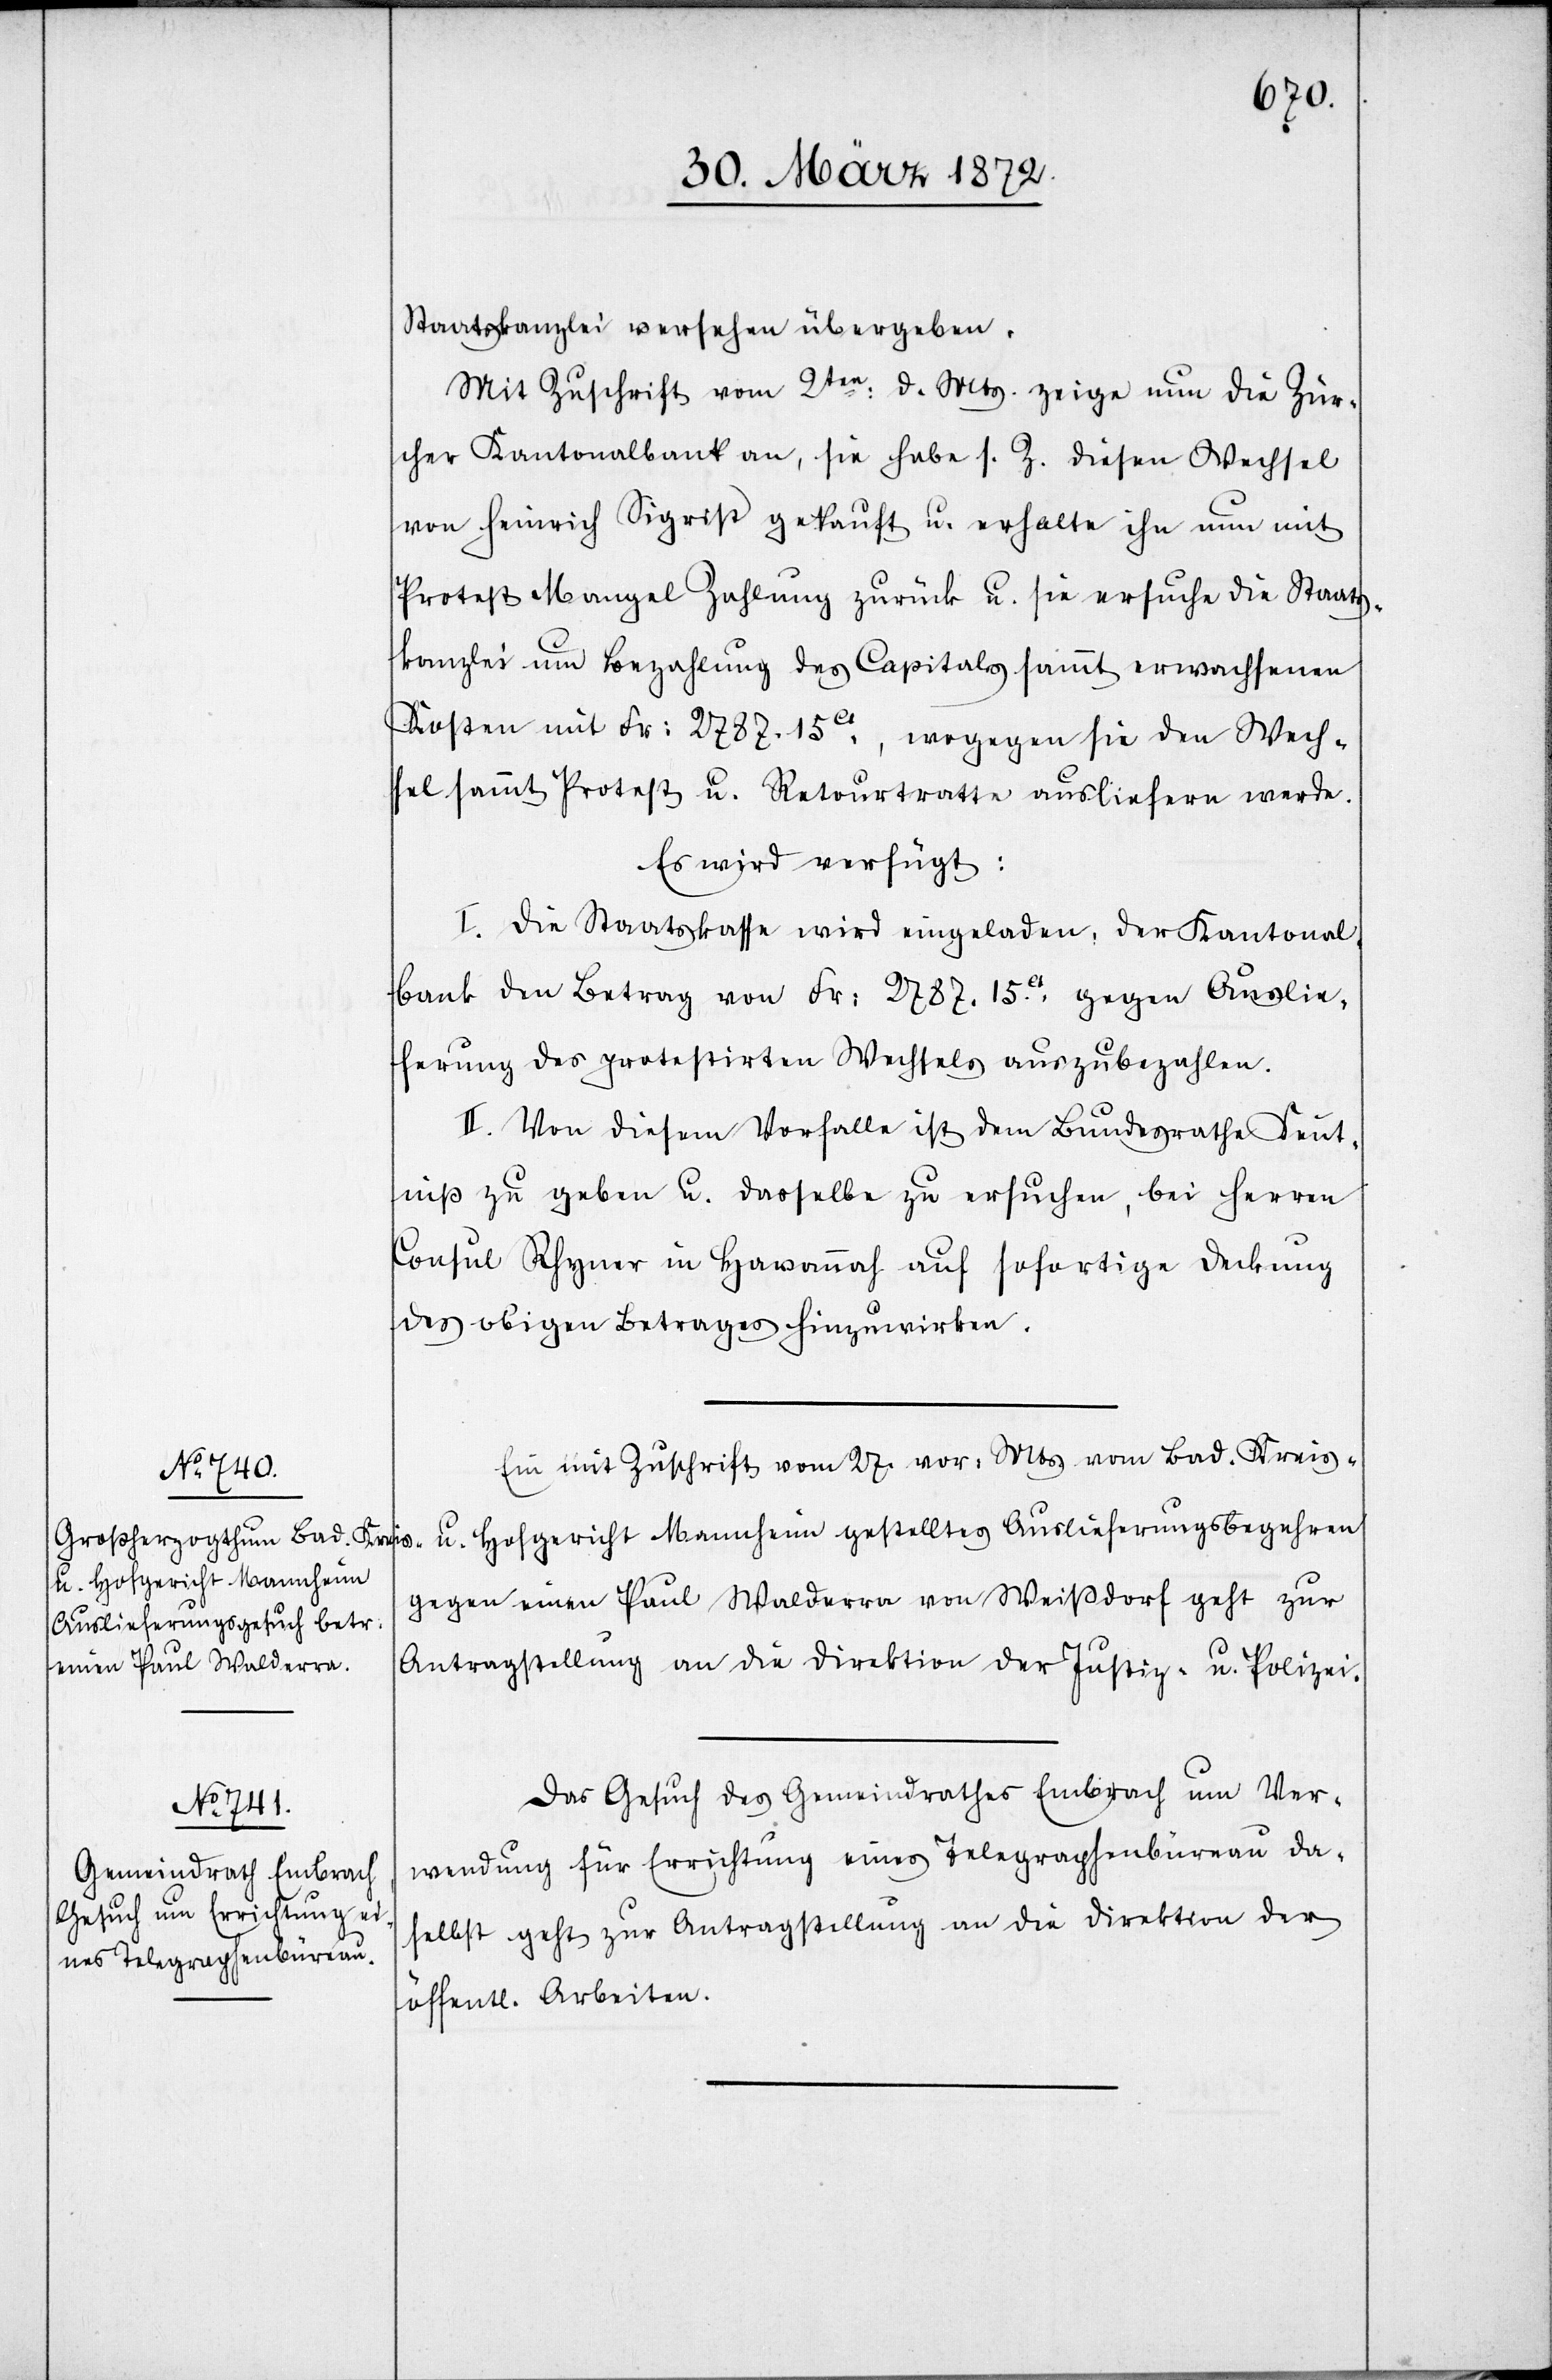
Staatskanzlei versehen übergeben.
Mit Zuschrift vom 2ten: d. Mts. zeige nun die Zür¬
cher Kantonalbank an, sie habe s. Z. diesen Wechsel
von Heinrich Sigrist gekauft u. erhalte ihn nun mit
Protest Mangel Zahlung zurück u. sie ersuche die Staats¬
kanzlei um Bezahlung des Capitals sammt erwachsenen
Kosten mit Fr: 2787.15ct, wogegen sie den Wech¬
sel sammt Protest u. Retourtratte ausliefern werde.
Es wird verfügt:
I. Die Staatskasse wird eingeladen, der Kantonal¬
bank den Betrag von Fr: 2787.15ct. gegen Auslie¬
ferung des protestirten Wechsels auszubezahlen.
II. Von diesem Vorfalle ist dem Bundesrathe Kennt¬
niß zu geben u. dasselbe zu ersuchen, bei Herren
Consul Rhyner in Havannah auf sofortige Deckung
des obigen Betrages hinzuwirken.
Ein mit Zuschrift vom 27. vor: Mts. vom Bad. Kreis-
u. Hofgericht Mannheim
gegen einen Paul Walderra von Weißdorf geht zur
Antragstellung an die Direktion der Justiz- u. Polizei-.
Das Gesuch des Gemeindrathes Embrach um Ver¬
wendung für Errichtung eines Telegraphenbüreau da¬
selbst geht zur Antragstellung an die Direktion der
öffentl. Arbeiten.